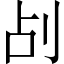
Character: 㓠